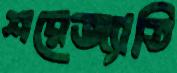
শরেজ্যাতি